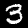
Label: 3